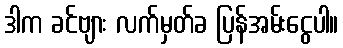
ဒါက ခင်ဗျား လက်မှတ်ခ ပြန်အမ်းငွေပါ။